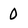
Character: 0